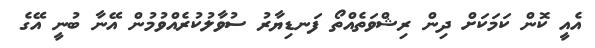
އެއީ ކޮން ކަމަކަށް ދިން ރިޝްވަތެއްތޯ ފަނޑިޔާރު ސުވާލުކުރެއްވުމުން އޭނާ ބުނީ އޭގެ